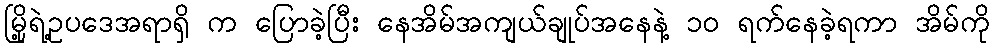
မြို့ရဲ့ဥပဒေအရာရှိ က ပြောခဲ့ပြီး နေအိမ်အကျယ်ချုပ်အနေနဲ့ ၁၀ ရက်နေခဲ့ရကာ အိမ်ကို